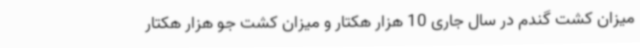
میزان کشت گندم در سال جاری 10 هزار هکتار و میزان کشت جو هزار هکتار